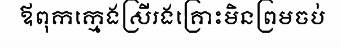
ឪពុកក្មេងស្រីរងគ្រោះមិនព្រមចប់